Problem: 9 × 8 = ?
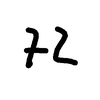
Handwritten answer: 72